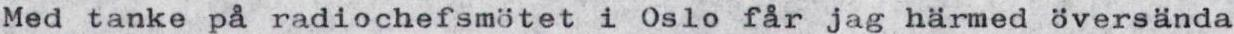
Med tanke på radiochefsmötet i Oslo får jag härmed översända